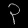
Digit: ၃